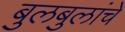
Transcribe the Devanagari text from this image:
बुलबुलांचे